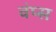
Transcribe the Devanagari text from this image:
वंप्स